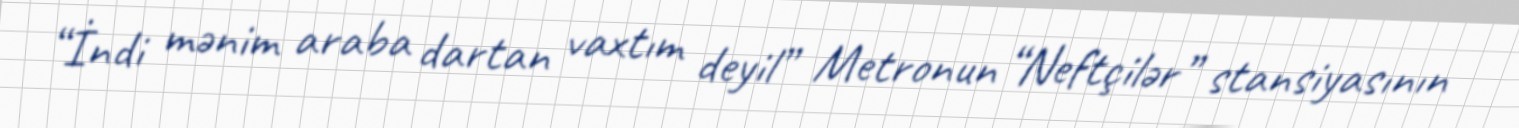
“İndi mənim araba dartan vaxtım deyil” Metronun “Neftçilər” stansiyasının